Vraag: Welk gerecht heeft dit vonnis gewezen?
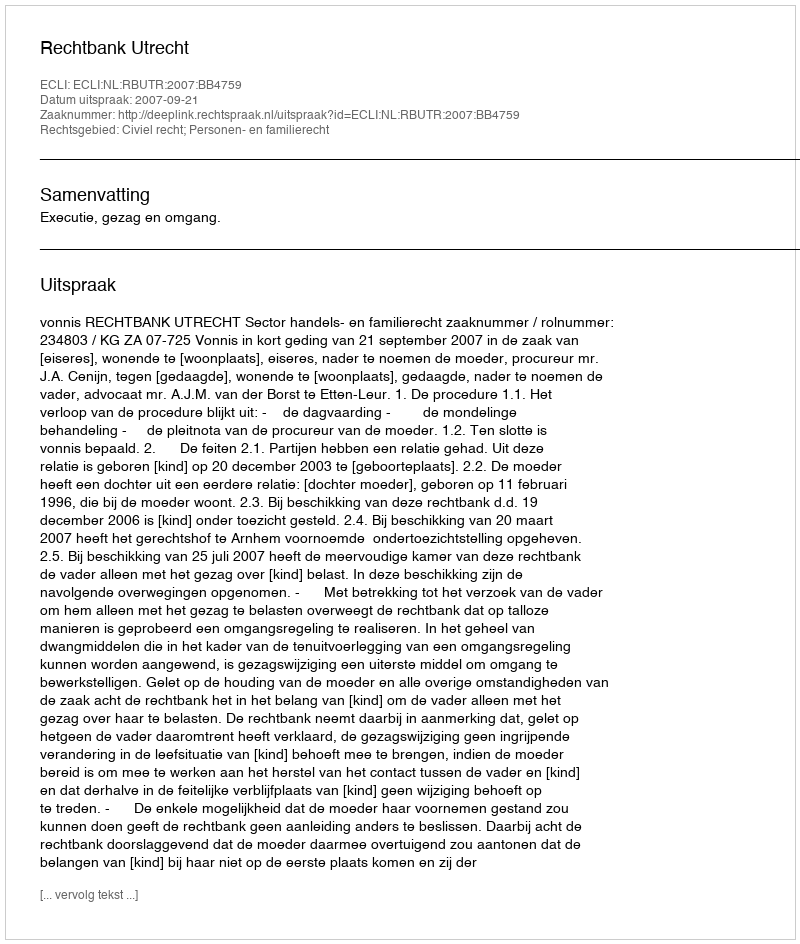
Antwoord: Rechtbank Utrecht